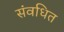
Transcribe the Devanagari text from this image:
संवधित